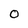
Character: o